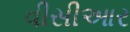
વીસીઆર